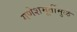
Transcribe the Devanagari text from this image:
गणेशमूर्तीमुळे